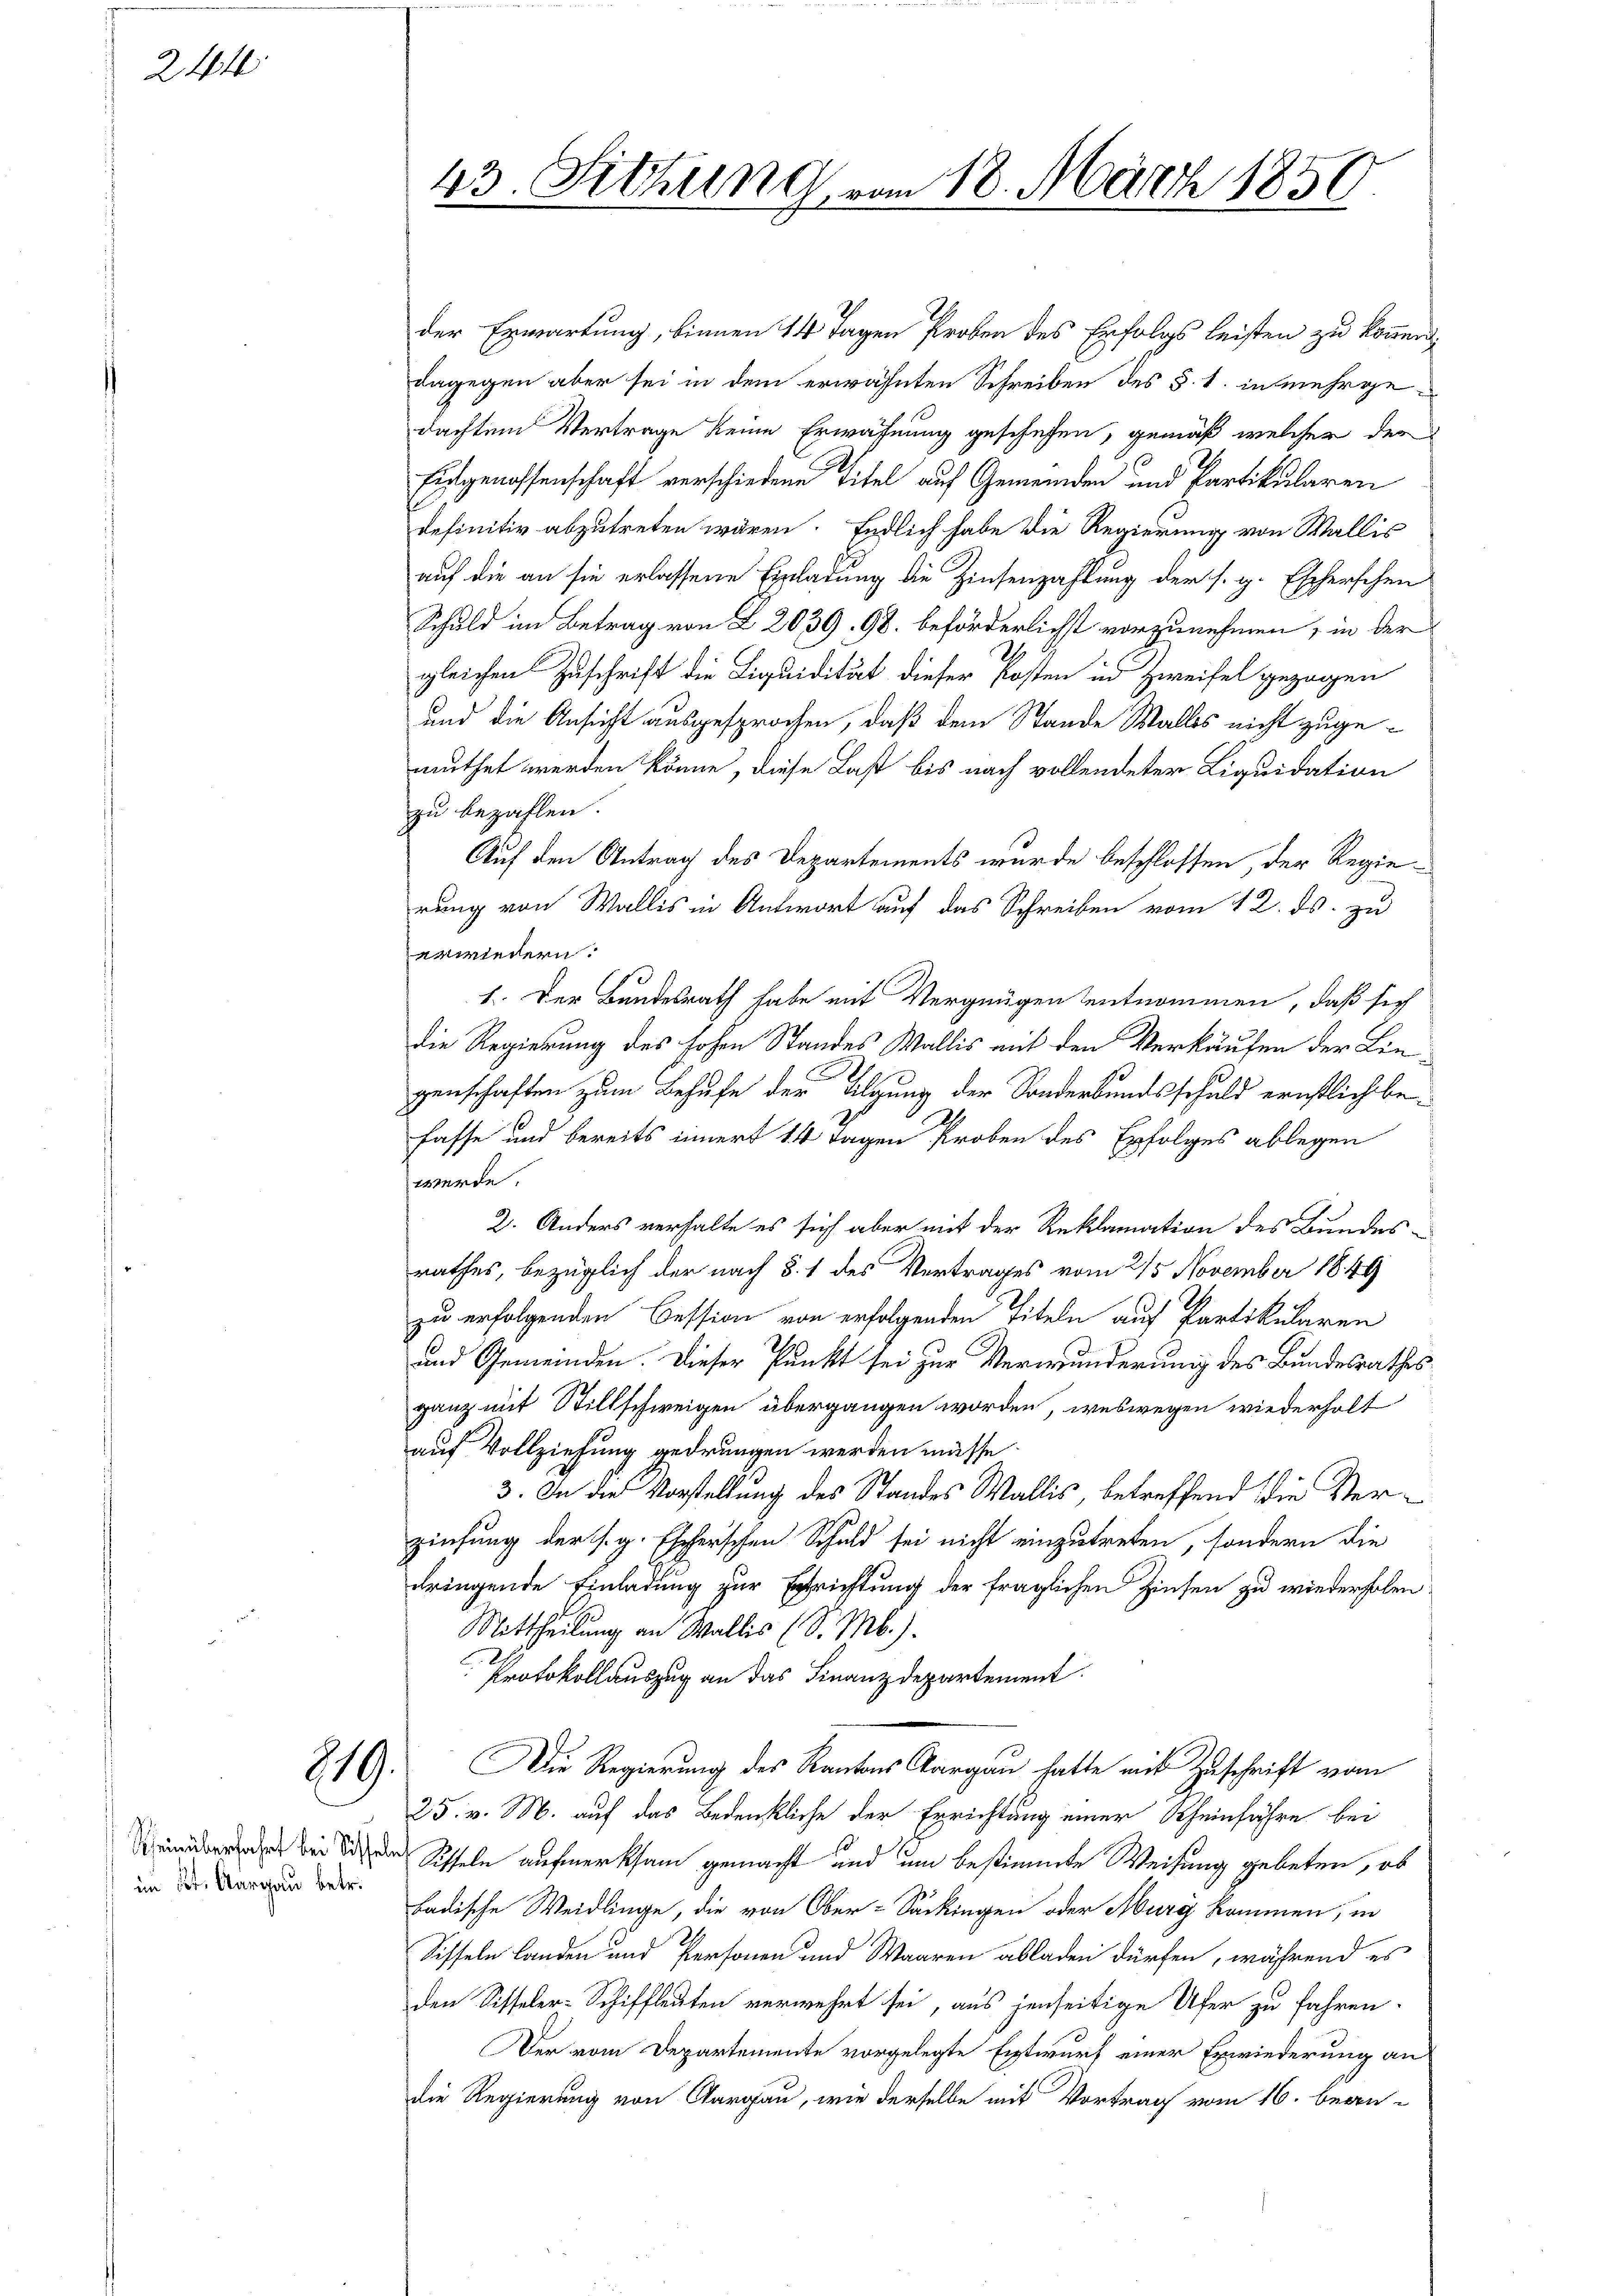
244

219.

im bot. Aargau betr.

43. Sitzung vom 18. März 1850.

der Erwartung, binnen 14 Tagen Proben des Erfolgs leisten zu können.
dagegen aber sei in dem erwähnten Schreiben des §. 1. in mehrgedachten Vertrage keine Erwähnung geschehen, gemäß welcher der
Eidgenossenschaft verschiedene Titel auf Gemeinden und Partikularen
definitiv abzutreten wären. Endlich habe die Regierung von Wallis
auf die an sie erlassene Einladung die Zinsenzahlung der s. g. Escherschen
Schuld im Betrag von § 2039. 98. beförderlichst vorzunehmen, in der
gleichen Zuschrift die Liquidität dieser Kosten in Zweifel gezogen
und die Ansicht ausgesprochen, daß dem Stande Wallis nicht zugemuthet werden könne, diese Last bis nach vollendeter Liquidation
zu bezahlen.
Auf den Antrag des Departements wurde beschlossen, der Regierung von Wallis in Antwort auf das Schreiben vom 12. ds. zu
erwiedern.
1. Der Bundesrath habe mit Vergnügen entnommen, daß sich
die Regierung des hohen Standes Wallis mit den Verkäufen der Lingenschaften zum Behufe der Tilgung der Sonderbundsschuld ernstlich befasse und bereits innert 14 Tagen Proben des Erfolges ablegen
werde.
2. Anders verhalte es sich aber mit der Reklamation des Bundes-
rathes, bezüglich der nach §. 1 des Vertrages vom 215. November 1849
zu erfolgenden Cession von erfolgenden Titeln auf Partikularen
und Gemeinden. Dieser Punkt sei zur Verwunderung des Bundesrathes
ganz mit Stillschweigen übergangen worden, weswegen wiederholt
auf Vollziehung gedrungen werden müsse.
3. In die Vorstellung des Standes Wallis, betreffend die Verzinsung der s. g. Escherschen Schuld sei nicht einzutreten, sondern die
dringende Einladung zur Errichtung der fraglichen Zinsen zu wiederholen.
Mittheilung an Wallis (S. M.).
Protokollauszug an das Finanzdepartement.
Die Regierung des Kantons Aargau hatte mit Zuschrift vom
25. v. M. auf das Bedenkliche der Errichtung einer Rheinfahre bei
 bei die Scheln aufmerksam gemacht und um bestimmte Weisung gebeten, ob
badische Weidlinge, die von Ober-Sackingen oder Murg kommen, in
Siffeln landen und Personen und Waaren abladen dürfen, während es
den Sisseler-Schiffleuten verwehrt sei, aus jenseitige Ufer zu fahren.
Der vom Departemente vorgelegte Entwurf einer Erwiederung an
die Regierung von Aargau, wie derselbe mit Vortrag vom 16. bean-